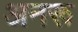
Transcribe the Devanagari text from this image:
अनरू